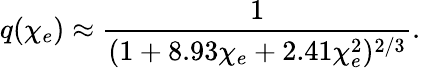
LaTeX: q(\chi_{e})\approx\frac{1}{(1+8.93\chi_{e}+2.41\chi_{e}^{2})^{2/3}}.